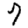
Digit: 7